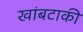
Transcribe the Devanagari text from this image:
खांबटाकी